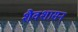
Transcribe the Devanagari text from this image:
शैवशासन